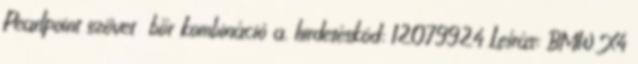
Pearlpoint szövet bőr kombináció a. hirdetéskód: 12079924 Leírás: BMW X4